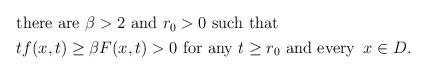
LaTeX: \begin{align*}\begin{aligned}&\mbox{there are}\,\, \beta>2\,\, \mbox{and}\,\, r_0>0\,\, \mbox{such that}\\& tf(x,t)\geq \beta F(x,t)>0\,\, \mbox{for any}\,\, t\geq r_0\,\, \mbox{and every}\,\,\, x\in D.\end{aligned}\end{align*}